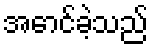
အောင်ခဲ့သည်